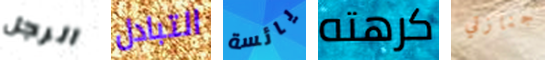
الرجل التبادل يائسة كرهته جنازتي